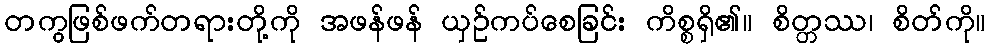
တကွဖြစ်ဖက်တရားတို့ကို အဖန်ဖန် ယှဉ်ကပ်စေခြင်း ကိစ္စရှိ၏။ စိတ္တဿ၊ စိတ်ကို။